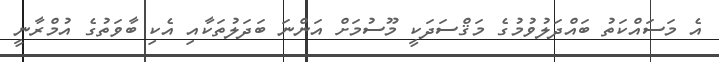
އެ މަސައްކަތު ބައްދަލުވުމުގެ މަޤްސަދަކީ މޫސުމަށް އަންނަ ބަދަލުތަކާއި އެކި ބާވަތުގެ އުމްރާނީ